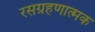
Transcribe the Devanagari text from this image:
रसग्रहणात्मक